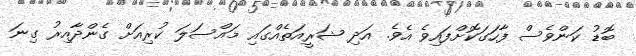
ބޮޑު ކަންވެސް ފާހަގަކޮށްފައިވެ އެވެ. އަދި ޝަރީއަތެއްގައި މައްސަލަ ކުރިއަށް ގެންދާއިރު ގިނަ